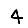
Digit: 4